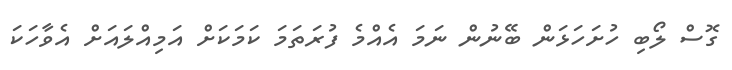
ގޮސް ލޯބި ހުށަހަޅަން ބޭނުން ނަމަ އެއްމެ ފުރަތަމަ ކަމަކަށް އަމިއްލައަށް އެވާހަކަ